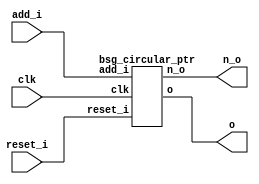


module top
(
  clk,
  reset_i,
  add_i,
  o,
  n_o
);

  input [0:0] add_i;
  output [3:0] o;
  output [3:0] n_o;
  input clk;
  input reset_i;

  bsg_circular_ptr
  wrapper
  (
    .add_i(add_i),
    .o(o),
    .n_o(n_o),
    .clk(clk),
    .reset_i(reset_i)
  );


endmodule



module bsg_circular_ptr
(
  clk,
  reset_i,
  add_i,
  o,
  n_o
);

  input [0:0] add_i;
  output [3:0] o;
  output [3:0] n_o;
  input clk;
  input reset_i;
  wire [3:0] o,n_o,\genblk1.genblk1.ptr_r_p1 ;
  wire N0,N1,N2;
  reg o_3_sv2v_reg,o_2_sv2v_reg,o_1_sv2v_reg,o_0_sv2v_reg;
  assign o[3] = o_3_sv2v_reg;
  assign o[2] = o_2_sv2v_reg;
  assign o[1] = o_1_sv2v_reg;
  assign o[0] = o_0_sv2v_reg;
  assign \genblk1.genblk1.ptr_r_p1  = o + 1'b1;
  assign n_o = (N0)? \genblk1.genblk1.ptr_r_p1  : 
               (N1)? o : 1'b0;
  assign N0 = add_i[0];
  assign N1 = N2;
  assign N2 = ~add_i[0];

  always @(posedge clk) begin
    if(reset_i) begin
      o_3_sv2v_reg <= 1'b0;
      o_2_sv2v_reg <= 1'b0;
      o_1_sv2v_reg <= 1'b0;
      o_0_sv2v_reg <= 1'b0;
    end else if(1'b1) begin
      o_3_sv2v_reg <= n_o[3];
      o_2_sv2v_reg <= n_o[2];
      o_1_sv2v_reg <= n_o[1];
      o_0_sv2v_reg <= n_o[0];
    end 
  end


endmodule